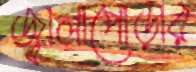
জ্বালাপোড়ার